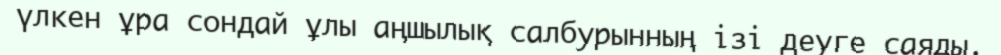
үлкен ұра сондай ұлы аңшылық салбурынның ізі деуге саяды.